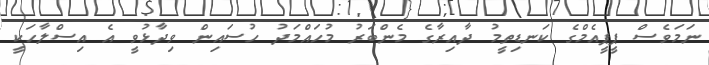
ނަމަވެސް ޕީޕީއެމްގެ ކަނޑިތީމު ދާއިރާގެ މެންބަރު މުހައްމަދު ހުސައިން ވިދާޅުވީ އެ އިސްލާހަކީ